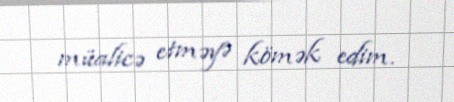
müalicə etməyə kömək edim.